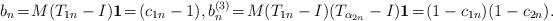
LaTeX: \begin{align*}b_n\!=\!M(T_{1n}-I){\bf 1}\!=\!(c_{1n}-1),b_n^{(3)}\!=\!M(T_{1n}-I)(T_{\alpha_{2n}}-I){\bf 1}\!=\!(1-c_{1n})(1-c_{2n}).\end{align*}